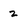
Character: 2